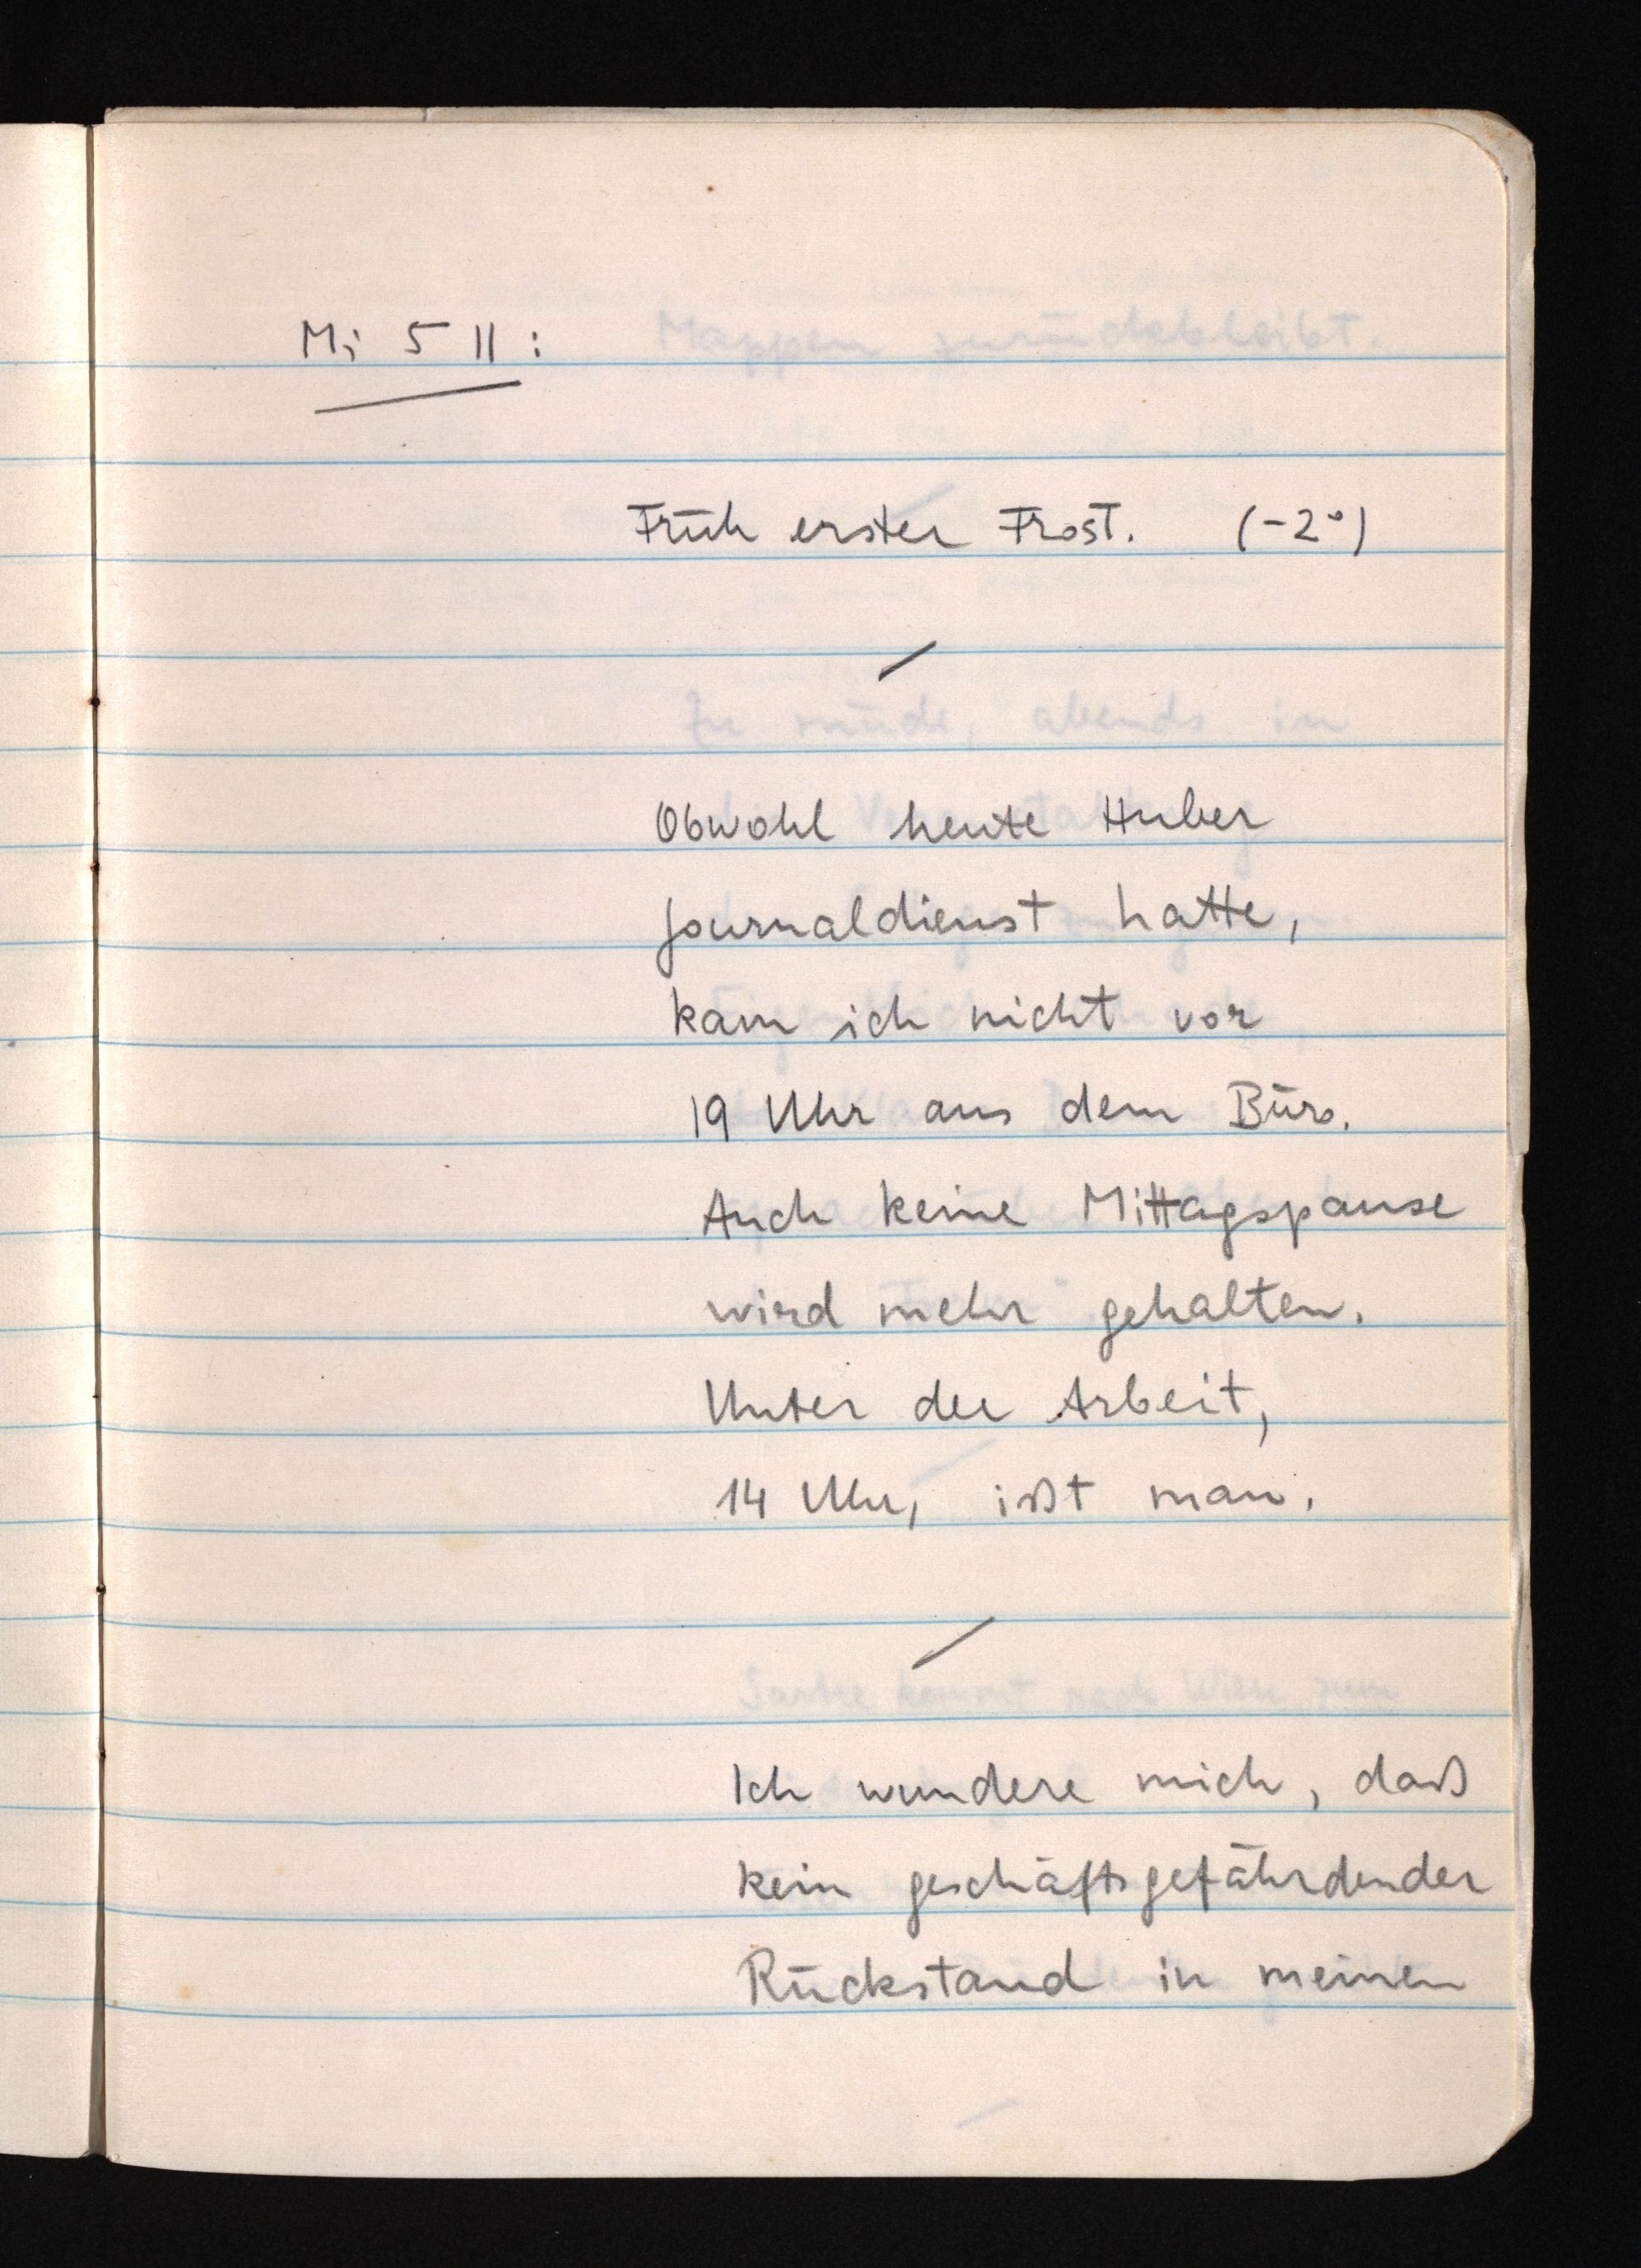
Mi 5 11:
Früh erster Frost. (-2°)
Obwohl heute Huber
Journaldienst hatte,
kam ich nicht vor
19 Uhr aus dem Büro.
Auch keine Mittagspause
wird mehr gehalten.
Unter der Arbeit,
14 Uhr, ißt man.
Ich wundere mich, daß
kein geschäftsgefährdender
Rückstand in meinen